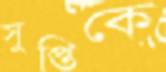
সুপ্তিকে